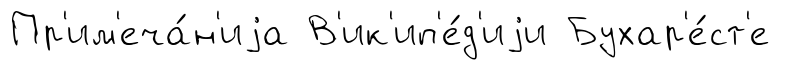
Пр'им'еча́н'иjа В'ик'ип'е́д'иjи Бухар'е́ст'е